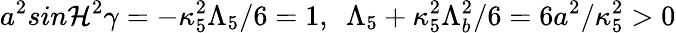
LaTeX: a^{2}sin\mathcal{H}^{2}\gamma=-\kappa_{5}^{2}\Lambda_{5}/6=1,~~\Lambda_{5}+\kappa_{5}^{2}\Lambda_{b}^{2}/6=6a^{2}/\kappa_{5}^{2}>0